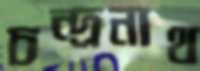
চন্দ্রনাথ